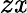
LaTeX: z\mathit{x}